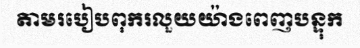
តាមរបៀបពុករលួយយ៉ាងពេញបន្ទុក